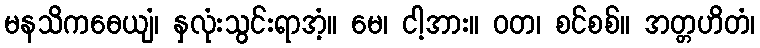
မနသိကဓေယျံ၊ နှလုံးသွင်းရာအံ့။ မေ၊ ငါ့အား။ ဝတ၊ စင်စစ်။ အတ္တဟိတံ၊